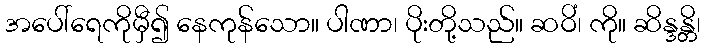
အပေါ်ရေကိုမှီ၍ နေကုန်သော။ ပါဏာ၊ ပိုးတို့သည်။ ဆဝိံ၊ ကို။ ဆိန္ဒန္တိ၊